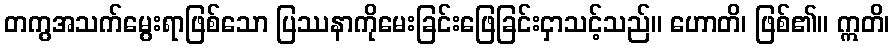
တကွအသက်မွေးရာဖြစ်သော ပြဿနာကိုမေးခြင်းဖြေခြင်းငှာသင့်သည်။ ဟောတိ၊ ဖြစ်၏။ ဣတိ၊